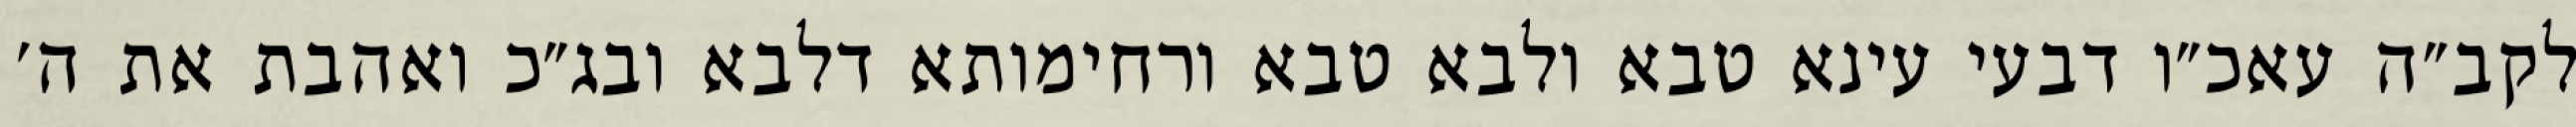
לקב״ה עאכ״ו דבעי עינא טבא ולבא טבא ורחימותא דלבא ובג״כ ואהבת את ה׳